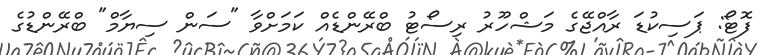
ފޮޓޯ: ޕަސިކުޑަ ރާއްޖޭގެ މަޝްހޫރު ރިސޯޓު ބްރޭންޑެއް ކަމަށްވާ "ސަން ސިޔާމް" ބްރޭންޑުގެ